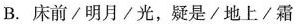
B.床前/明月/光，疑是/地上/霜